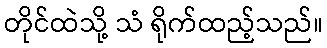
တိုင်ထဲသို့ သံ ရိုက်ထည့်သည်။